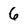
Character: 6